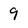
Character: 9